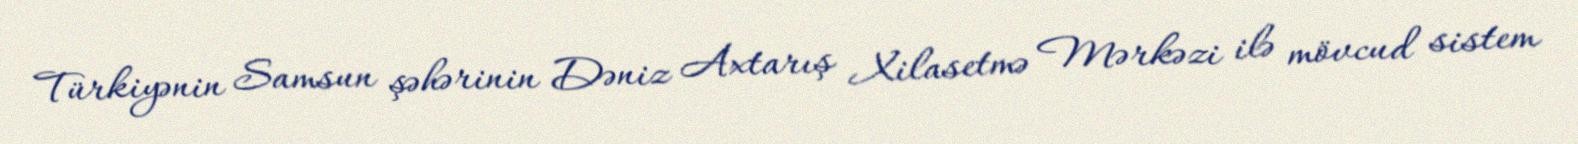
Türkiyənin Samsun şəhərinin Dəniz Axtarış Xilasetmə Mərkəzi ilə mövcud sistem